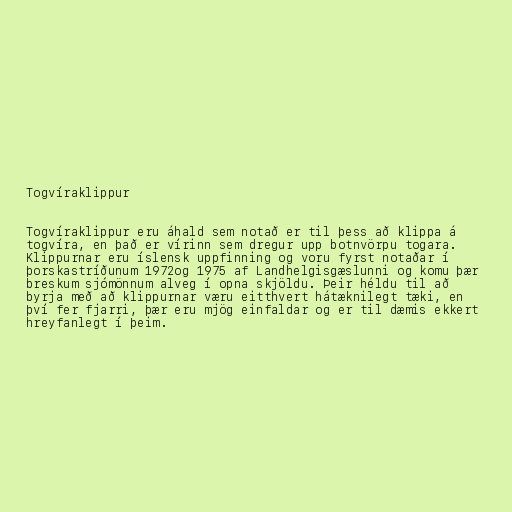
Togvíraklippur

Togvíraklippur eru áhald sem notað er til þess að klippa á
togvíra, en það er vírinn sem dregur upp botnvörpu togara.
Klippurnar eru íslensk uppfinning og voru fyrst notaðar í
þorskastríðunum 1972og 1975 af Landhelgisgæslunni og komu þær
breskum sjómönnum alveg í opna skjöldu. Þeir héldu til að
byrja með að klippurnar væru eitthvert hátæknilegt tæki, en
því fer fjarri, þær eru mjög einfaldar og er til dæmis ekkert
hreyfanlegt í þeim.